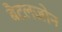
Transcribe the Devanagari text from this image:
बैटलज़ोन